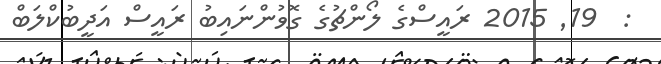
:  19